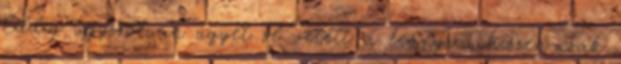
Eddig úgyszólván ügyet se vetett a leányra, hiszen csak